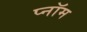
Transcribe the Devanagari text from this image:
प्नॉम